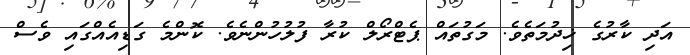
އަދި ކާރުގެ ޚިދުމަތެވެ. މަގުތައް ޕެޓްރޯލް ކުރާ ފުލުހުންނެވެ. ކޮންމެ ގަޑިއެއްގައި ވެސް